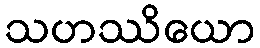
သဟဿိယော